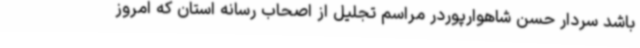
باشد سردار حسن شاهوارپوردر مراسم تجلیل از اصحاب رسانه استان که امروز